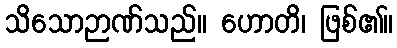
သိသောဉာဏ်သည်။ ဟောတိ၊ ဖြစ်၏။